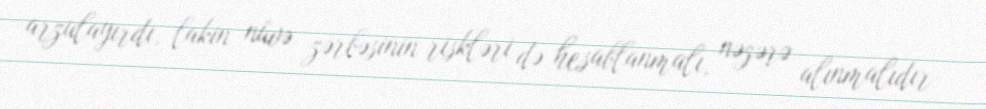
arzulayırdı, lakin nüvə zərbəsinin riskləri də hesablanmalı, nəzərə alınmalıdır